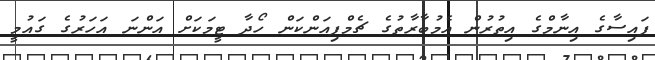
ފައިސާގެ އިނާމްގެ އިތުރުން އެމުބާރާތުގެ ޗެމްޕިއަންކަން ހޯދާ ޓީމަކަށް އަންނަ އަހަރުގެ ގައުމީ